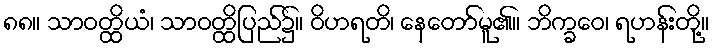
၈၈။ သာဝတ္ထိယံ၊ သာဝတ္ထိပြည်၌။ ဝိဟရတိ၊ နေတော်မူ၏။ ဘိက္ခဝေ၊ ရဟန်းတို့။